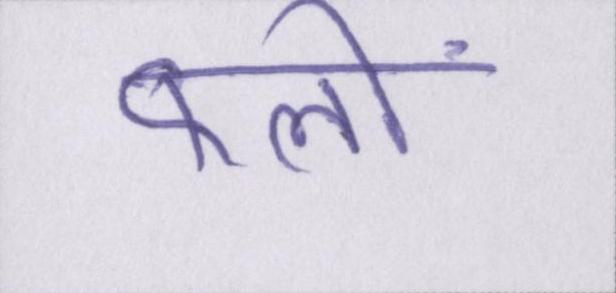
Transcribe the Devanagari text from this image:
फलों